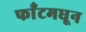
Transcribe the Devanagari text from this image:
फाँटमधून